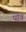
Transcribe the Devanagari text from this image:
पोव